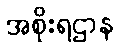
အစိုးရဌာန